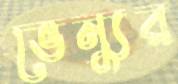
ভেন্যুর